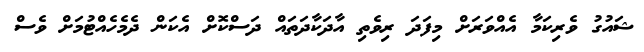
ޝައުގު ވެރިކަމާ އެއްވަރަށް މިފަދަ ރިވެތި އާދަކާދަތައް ދަސްކޮށް އެކަން ދެމެހެއްޓުމަށް ވެސް